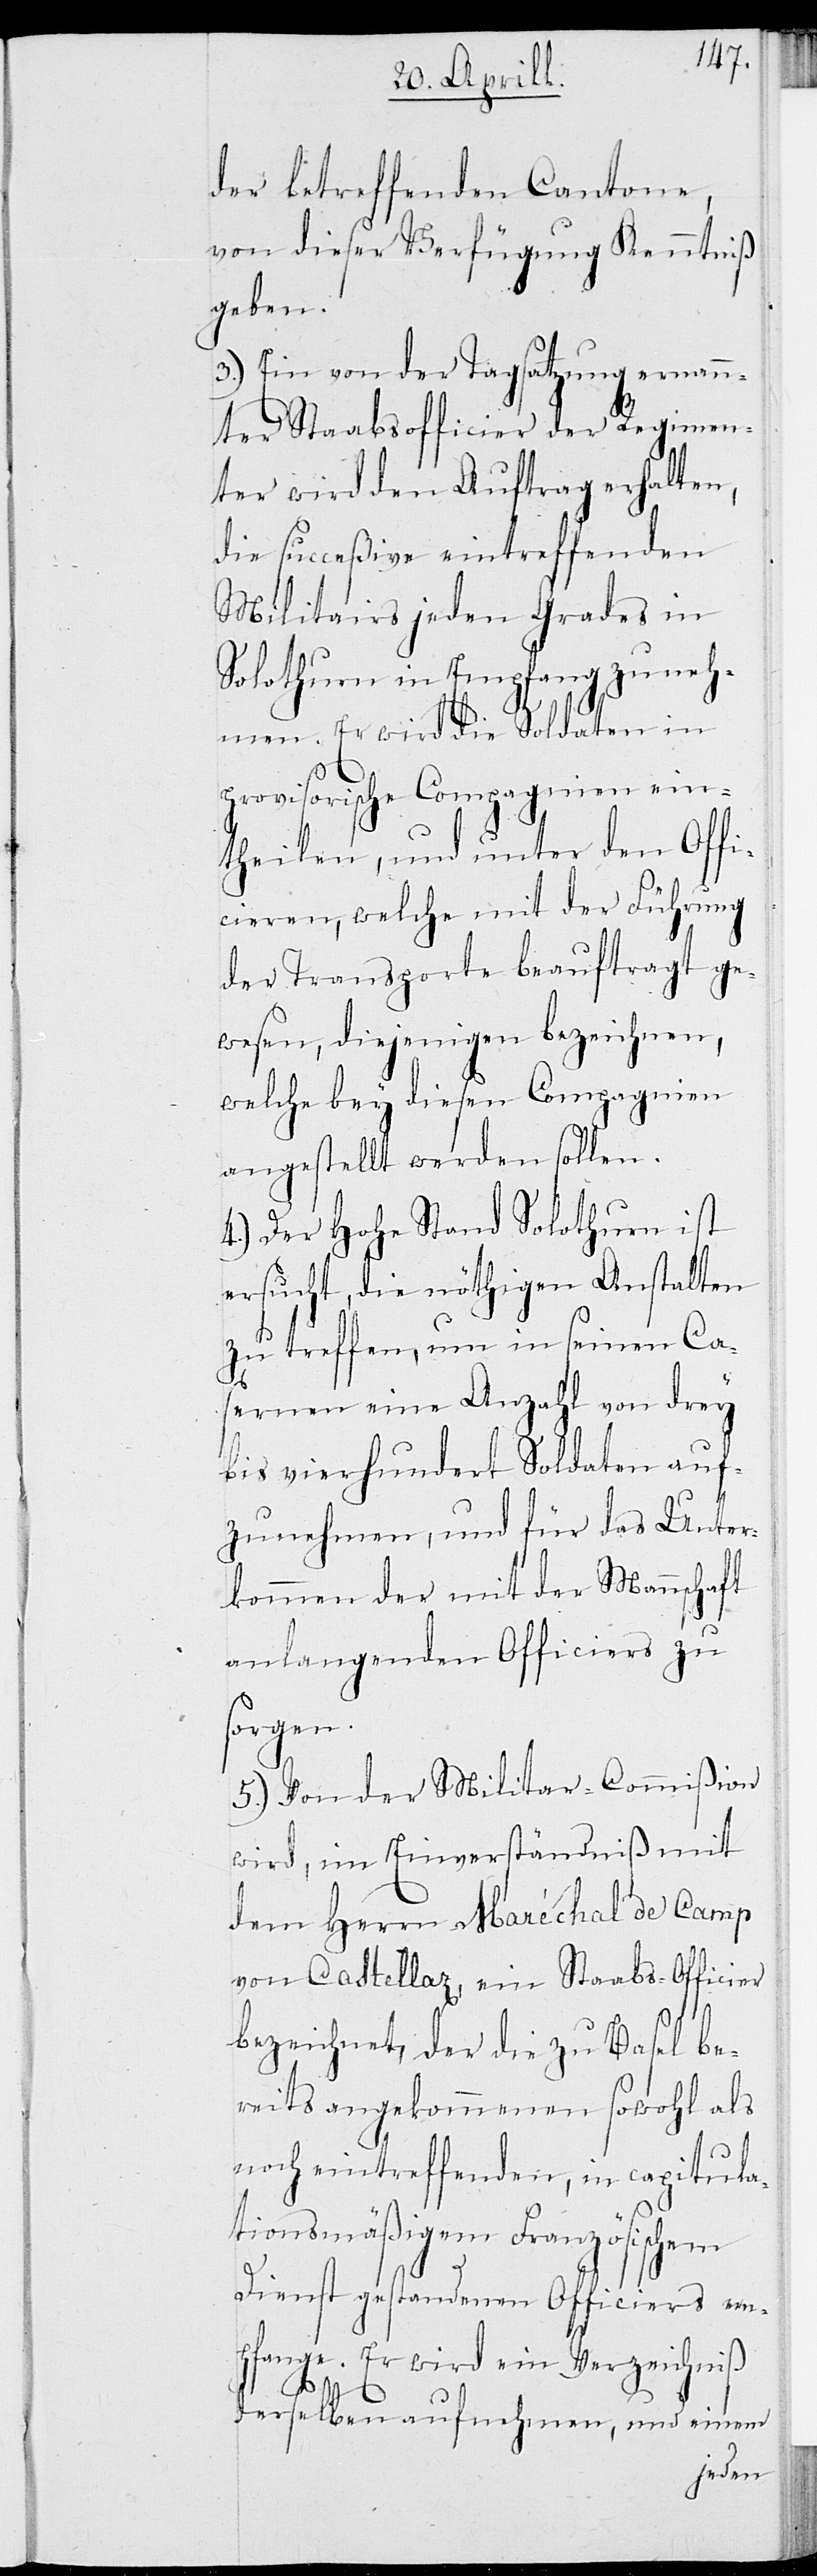
der betreffenden Cantone,
von dieser Verfügung Kenntniß
geben.
3.) Ein von der Tagsatzung ernan¬
nter Staabsofficier der Regimen¬
ter wird den Auftrag erhalten,
die succesive eintreffenden
Militairs jeden Grades in
nehmen. Er wird die Soldaten in
provisorische Compagnien ein¬
theilen, und unter den Offi¬
cieren, welche mit der Führung
der Transporte beauftragt ge¬
wesen, diejenigen bezeichnen,
welche bey diesen Compagnien
angestellt werden sollen.
4.) Der Hohe Stand Solothurn ist
ersucht, die nöthigen Anstalten
zu treffen, um in seinen Ca¬
sernen eine Anzahl von drey
bis vierhundert Soldaten auf¬
zunehmen, und für das Unter¬
kommen der mit der Mannschaft
anlangenden Officiers zu
sorgen.
5.) Von der Militar-Commißion
wird, im Einverständniß mit
dem Herrn Maréchal de Camp
von Castellaz, ein Staabs-Officier
bezeichnet, der die zu Basel be¬
reits angekommenen sowohl als
noch eintreffenden, in capitula¬
tionsmäßigem Französischem
Dienst gestandenen Officiers em¬
pfange. Er wird ein Verzeichniß
derselben aufnehmen, und einem